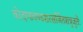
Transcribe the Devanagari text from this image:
कोदण्डचण्डशरसर्जितशत्रुजूर्तेः